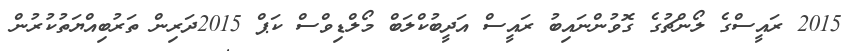
2015 ރައީސްގެ ލޯންޗުގެ ގޮވުންނައިބު ރައީސް އަދީބުކްލަބް މޯލްޑިވްސް ކަޕް 2015ދަރިން ތަރުބިއްޔަތުކުރުން